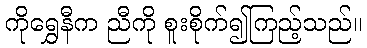
ကိုရွှေနီက ညီကို စူးစိုက်၍ကြည့်သည်။